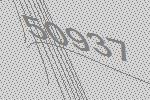
50937